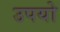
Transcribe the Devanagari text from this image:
उपयो